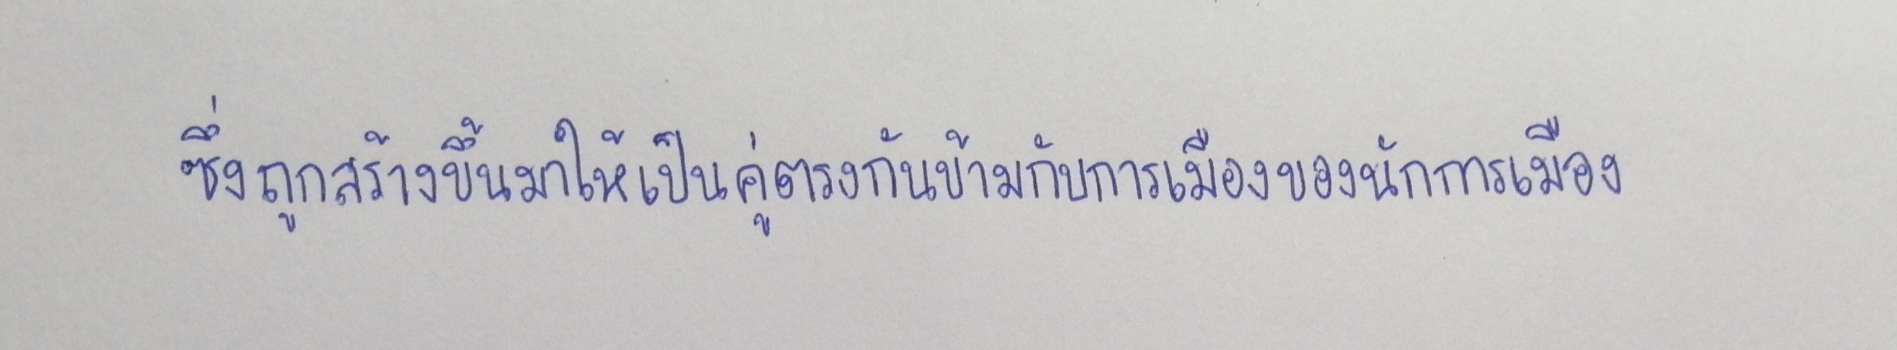
ซึ่งถูกสร้างขึ้นมาให้เป็นคู่ตรงกันข้ามกับการเมืองของนักการเมือง